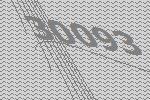
30093